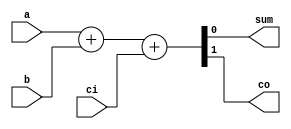

module add1bit(a,b,ci,sum,co);
input a;
input b;
input ci;

output sum;
output co;

wire a;
wire b;
wire ci;
wire sum;
wire co;

assign{co,sum}=a+b+ci;

endmodule